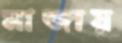
মাজায়